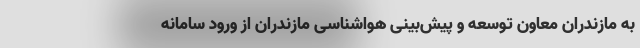
به مازندران معاون توسعه و پیش‌بینی هواشناسی مازندران از ورود سامانه